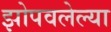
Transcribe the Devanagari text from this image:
झोपवलेल्या